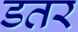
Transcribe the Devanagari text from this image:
डतर